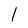
Character: 1